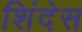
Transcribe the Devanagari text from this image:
शिंदेस